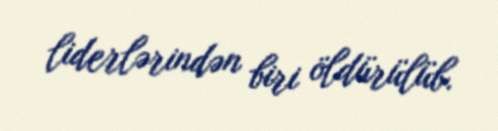
liderlərindən biri öldürülüb.